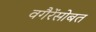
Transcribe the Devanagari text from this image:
वगैरेंसोबत